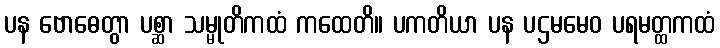
ပန ဗောဓေတွာ ပစ္ဆာ သမ္မုတိကထံ ကထေတိ။ ပကတိယာ ပန ပဌမမေဝ ပရမတ္ထကထံ